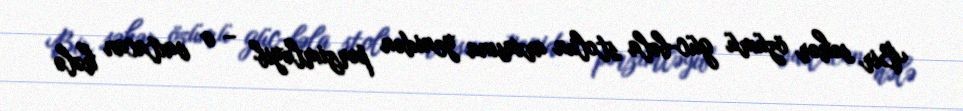
Bir səhər özümü güc-bəla stolun arxasına yenidən pərzimləyib – o vaxtacan hələ